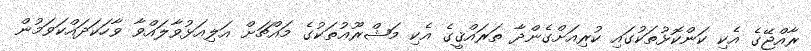
ރާއްޖޭގެ އެކި ކަންކޮޅުތަކުގައި ކުރިއަށްގެންދާ ތަރައްޤީގެ އެކި މަޝްރޫޢުތަކުގެ މައްޗަށް އަލިއަޅުވާލައްވާ ވާހަކަދައްކަވަމުން